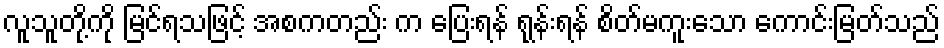
လူသူတို့ကို မြင်ရသဖြင့် အစကတည်း က ပြေးရန် ရုန်းရန် စိတ်မကူးသော ကောင်းမြတ်သည်